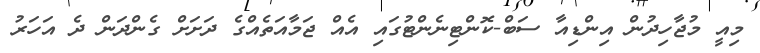
މިއީ މުޖާހިދުން އިންޑިއާ ސަބް-ކޮންޓިނެންޓުގައި އެއް ޖަމާއަތެއްގެ ދަށަށް ގެންދަން ދެ އަހަރު